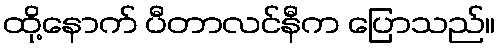
ထို့နောက် ပီတာလင်နီက ပြောသည်။